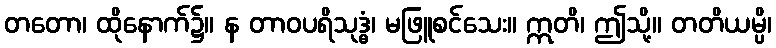
တတော၊ ထိုနောက်၌။ န တာဝပရိသုဒ္ဓံ၊ မဖြူစင်သေး။ ဣတိ၊ ဤသို့။ တတိယမ္ပိ၊